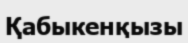
Қабыкенқызы